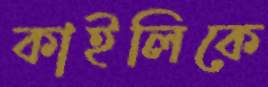
কাইলিকে